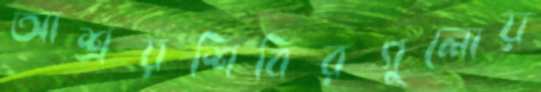
আশ্রয়শিবিরগুলোয়